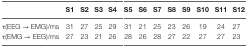
<table><thead><tr><td></td><td><b>S1</b></td><td><b>S2</b></td><td><b>S3</b></td><td><b>S4</b></td><td><b>S5</b></td><td><b>S6</b></td><td><b>S7</b></td><td><b>S8</b></td><td><b>S9</b></td><td><b>S10</b></td><td><b>S11</b></td><td><b>S12</b></td></tr></thead><tbody><tr><td>τ(EEG → EMG)/ms</td><td>31</td><td>27</td><td>25</td><td>29</td><td>31</td><td>21</td><td>25</td><td>23</td><td>26</td><td>19</td><td>24</td><td>27</td></tr><tr><td>τ(EMG → EEG)/ms</td><td>27</td><td>23</td><td>21</td><td>26</td><td>28</td><td>26</td><td>28</td><td>27</td><td>22</td><td>27</td><td>27</td><td>23</td></tr></tbody></table>